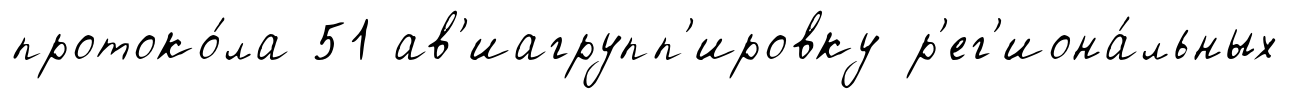
протоко́ла 51 ав'иагрупп'ировку р'ег'иона́льных